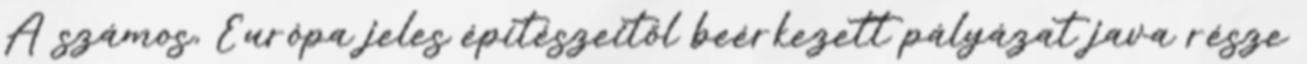
A számos, Európa jeles építészeitől beérkezett pályázat java része